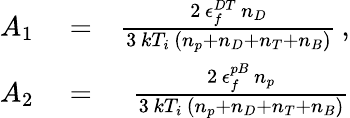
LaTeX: \begin{array}{rlr}{A_{1}}&{{}=}&{\frac{2\, \epsilon_{f}^{DT}\, n_{D}}{3\, kT_{i}\, \left(n_{p}+n_{D}+n_{T}+n_{B}\right)}\, ,}\\ {A_{2}}&{{}=}&{\frac{2\, \epsilon_{f}^{pB}\, n_{p}}{3\, kT_{i}\, \left(n_{p}+n_{D}+n_{T}+n_{B}\right)}}\end{array}